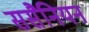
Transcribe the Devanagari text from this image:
ससैनियन